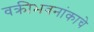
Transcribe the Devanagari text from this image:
वक्रीभवनांकाचे